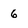
Character: 6